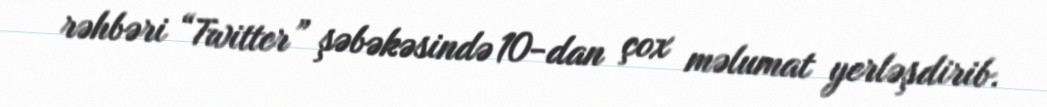
rəhbəri “Twitter” şəbəkəsində 10-dan çox məlumat yerləşdirib.